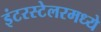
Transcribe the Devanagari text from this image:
इंटरस्टेलरमध्ये